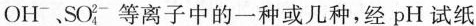
OH^{-}、SO_{4}^{2-}等离子中的一种或几种，经pH试纸